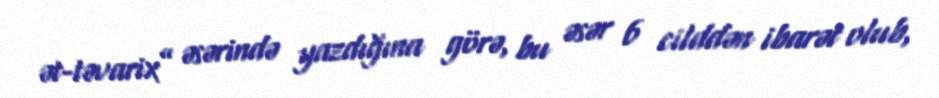
ət-təvarix” əsərində yazdığına görə, bu əsər 6 cilddən ibarət olub,